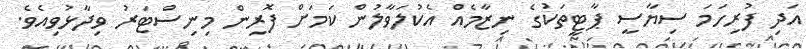
އަދި ފުރިހަމަ ސިޔާސީ ޕާޓީތަކުގެ ނިޒާމެއް އެކުލަވާލުން ކަމަށް ފޮރިން މިނިސްޓަރު ވިދާޅުވިއެވެ.